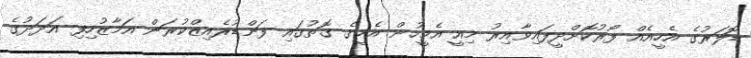
ޑޮލަރުގެ އެހީއެއް ފޯރުކޮށްދީފައިވާއިރު މިއީ އެމީހުން އެހީގެ ގޮތުގައި ފަންޑުރެއިޒްކުރަން އަމާޒުހިފި އަދަދުގެ